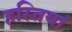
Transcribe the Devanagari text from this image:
हस्‍तियां